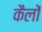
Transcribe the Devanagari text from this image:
कैलों